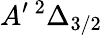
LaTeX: A^{\prime}\, ^{2}\Delta_{3/2}